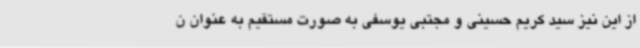
از این نیز سید کریم حسینی و مجتبی یوسفی به صورت مستقیم به عنوان ن